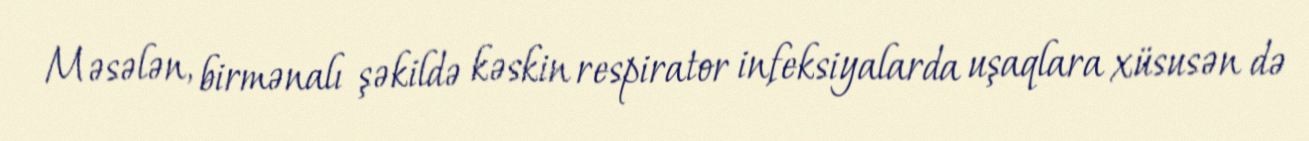
Məsələn, birmənalı şəkildə kəskin respirator infeksiyalarda uşaqlara xüsusən də